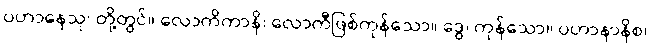
ပဟာနေသု၊ တို့တွင်။ လောကိကာနိ၊ လောကီဖြစ်ကုန်သော။ ဒွေ၊ ကုန်သော။ ပဟာနာနိစ၊